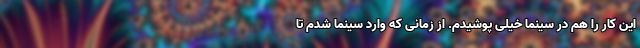
این کار را هم در سینما خیلی پوشیدم. از زمانی که وارد سینما شدم تا